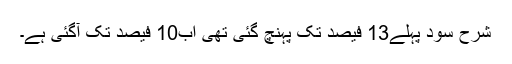
شرح سود پہلے13 فیصد تک پہنچ گئی تھی اب10 فیصد تک آگئی ہے۔